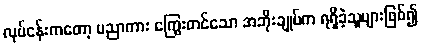
လုပ်ငန်းကတော့ ပညာကား ကြွေးတင်သော အဘိုးချုပ်က ရရှိခဲ့သူများဖြစ်၍